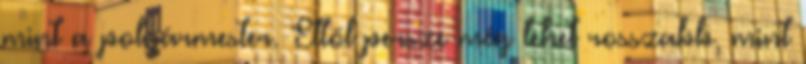
mint a polgármester. Ettől persze még lehet rosszabb, mint